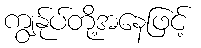
ကျွန်ုပ်တို့အနေဖြင့်